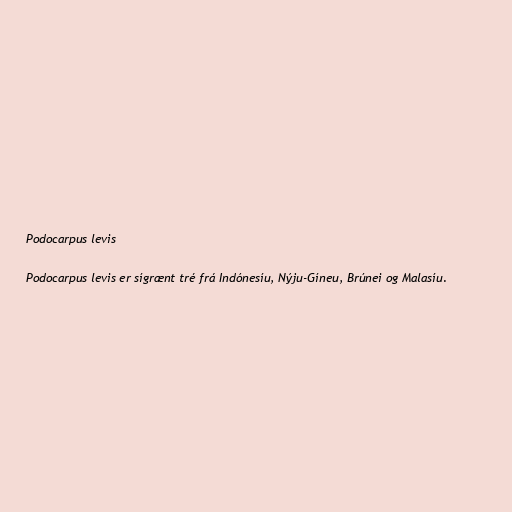
Podocarpus levis

Podocarpus levis er sígrænt tré frá Indónesíu, Nýju-Gíneu, Brúnei og Malasíu.